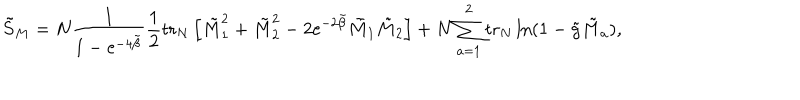
\tilde { S } _ { M } = N \frac { 1 } { 1 - \mathrm { e } ^ { - 4 \tilde { \beta } } } \frac { 1 } { 2 } \mathrm { t r } _ { N } \left[ \tilde { M } _ { 1 } ^ { 2 } + \tilde { M } _ { 2 } ^ { 2 } - 2 \mathrm { e } ^ { - 2 \tilde { \beta } } \tilde { M } _ { 1 } \tilde { M } _ { 2 } \right] + N \sum _ { a = 1 } ^ { 2 } \mathrm { t r } _ { N } \ln ( 1 - \tilde { g } \tilde { M } _ { a } ) ,